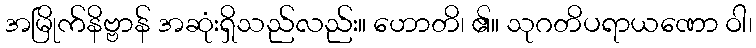
အမြိုက်နိဗ္ဗာန် အဆုံးရှိသည်လည်း။ ဟောတိ၊ ၏။ သုဂတိပရာယဏော ဝါ၊